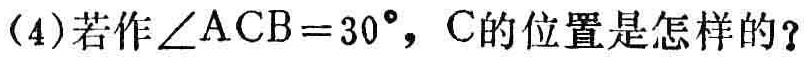
(4)若作$\angle ACB = 30^{\circ}$，C的位置是怎样的？